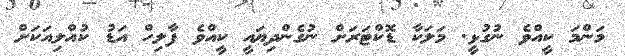
މަންމަ ކީއްވެ ނުގުޅީ. މަލަކާ ޑޮކްޓަރަށް ނުގެންދިޔައީ ކީއްވެ ފާލިހް އަޑު ކުއްލިއަކަށް